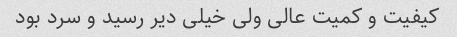
کیفیت و کمیت عالی ولی خیلی دیر رسید و سرد بود